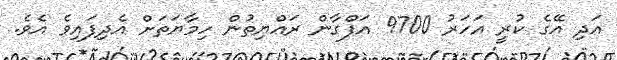
އަދި އޭގެ ކުރީ އަހަރު 9700 އަފްގާން ރައްޔިތުން ހިމާޔަތަށް އެދިފައިވެ އެވެ.